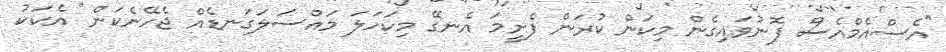
"އެސްއެމްއެސް ފޮނުވައިގެން މިކަން ކުރަން ފެށީމަ އެނގޭ މިކަހަލަ މައްސަލަގަނޑެއް ޖެހޭނެކަން" އެކަކު